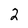
Character: 2